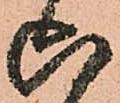
六